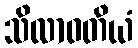
သိလာဝတိယံ